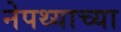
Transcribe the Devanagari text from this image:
नेपथ्याच्या